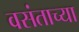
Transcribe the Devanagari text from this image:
वसंताच्या